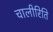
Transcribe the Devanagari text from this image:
चालीरिति